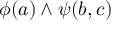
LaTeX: \phi ( a ) \land \psi ( b , c )